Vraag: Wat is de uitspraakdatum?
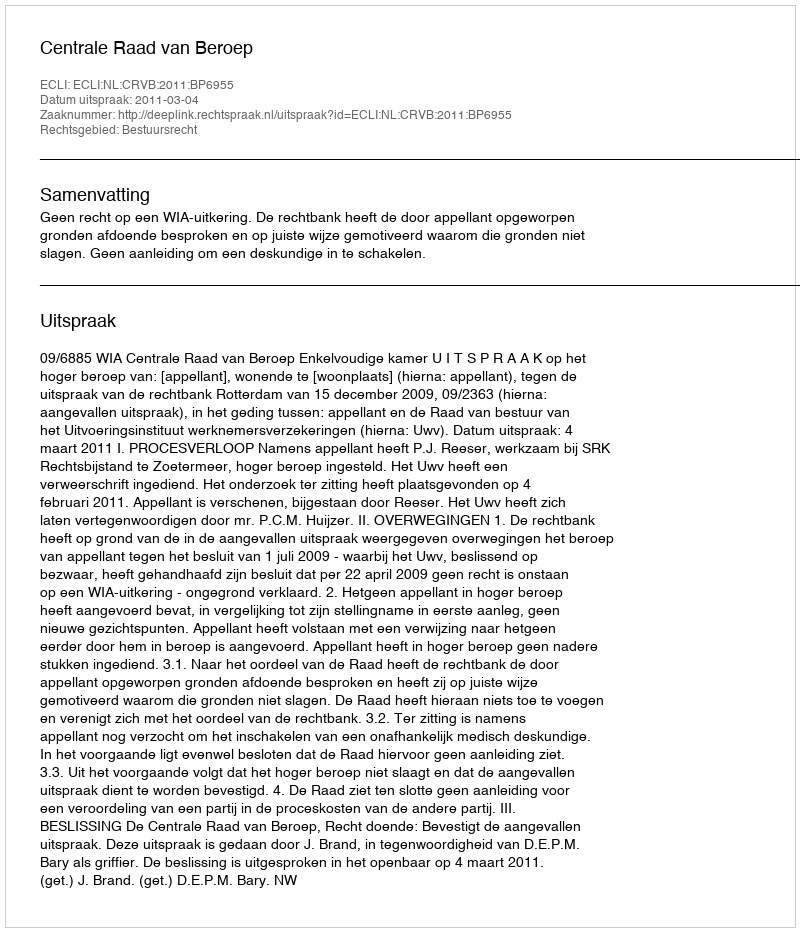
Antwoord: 2011-03-04